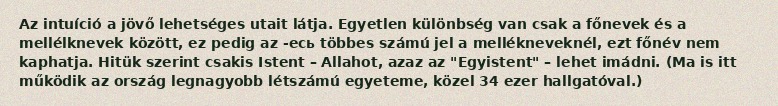
Az intuíció a jövő lehetséges utait látja. Egyetlen különbség van csak a főnevek és a mellélknevek között, ez pedig az -есь többes számú jel a mellékneveknél, ezt főnév nem kaphatja. Hitük szerint csakis Istent – Allahot, azaz az "Egyistent" – lehet imádni. (Ma is itt működik az ország legnagyobb létszámú egyeteme, közel 34 ezer hallgatóval.)